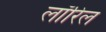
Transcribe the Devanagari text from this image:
लॉरिल